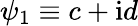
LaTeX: \psi_{1}\equiv c+\mathrm{i}d